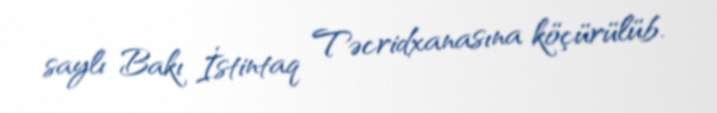
saylı Bakı İstintaq Təcridxanasına köçürülüb.